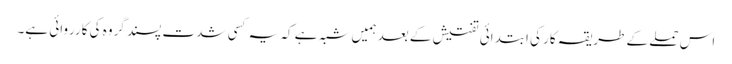
اس حملے کے طریقہ کار کی ابتدائی تفتیش کے بعد ہمیں شبہ ہے کہ یہ کسی شدت پسند گروہ کی کارروائی ہے۔